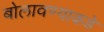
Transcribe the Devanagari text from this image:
बोलावण्याकडे